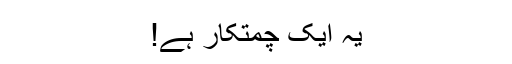
یہ ایک چمتکار ہے!